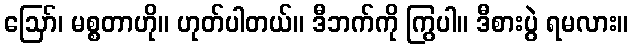
ဪ၊ မစ္စတာဟို။ ဟုတ်ပါတယ်။ ဒီဘက်ကို ကြွပါ။ ဒီစားပွဲ ရမလား။